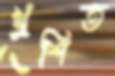
খুশিত